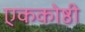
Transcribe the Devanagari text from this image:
एककोष्ठी